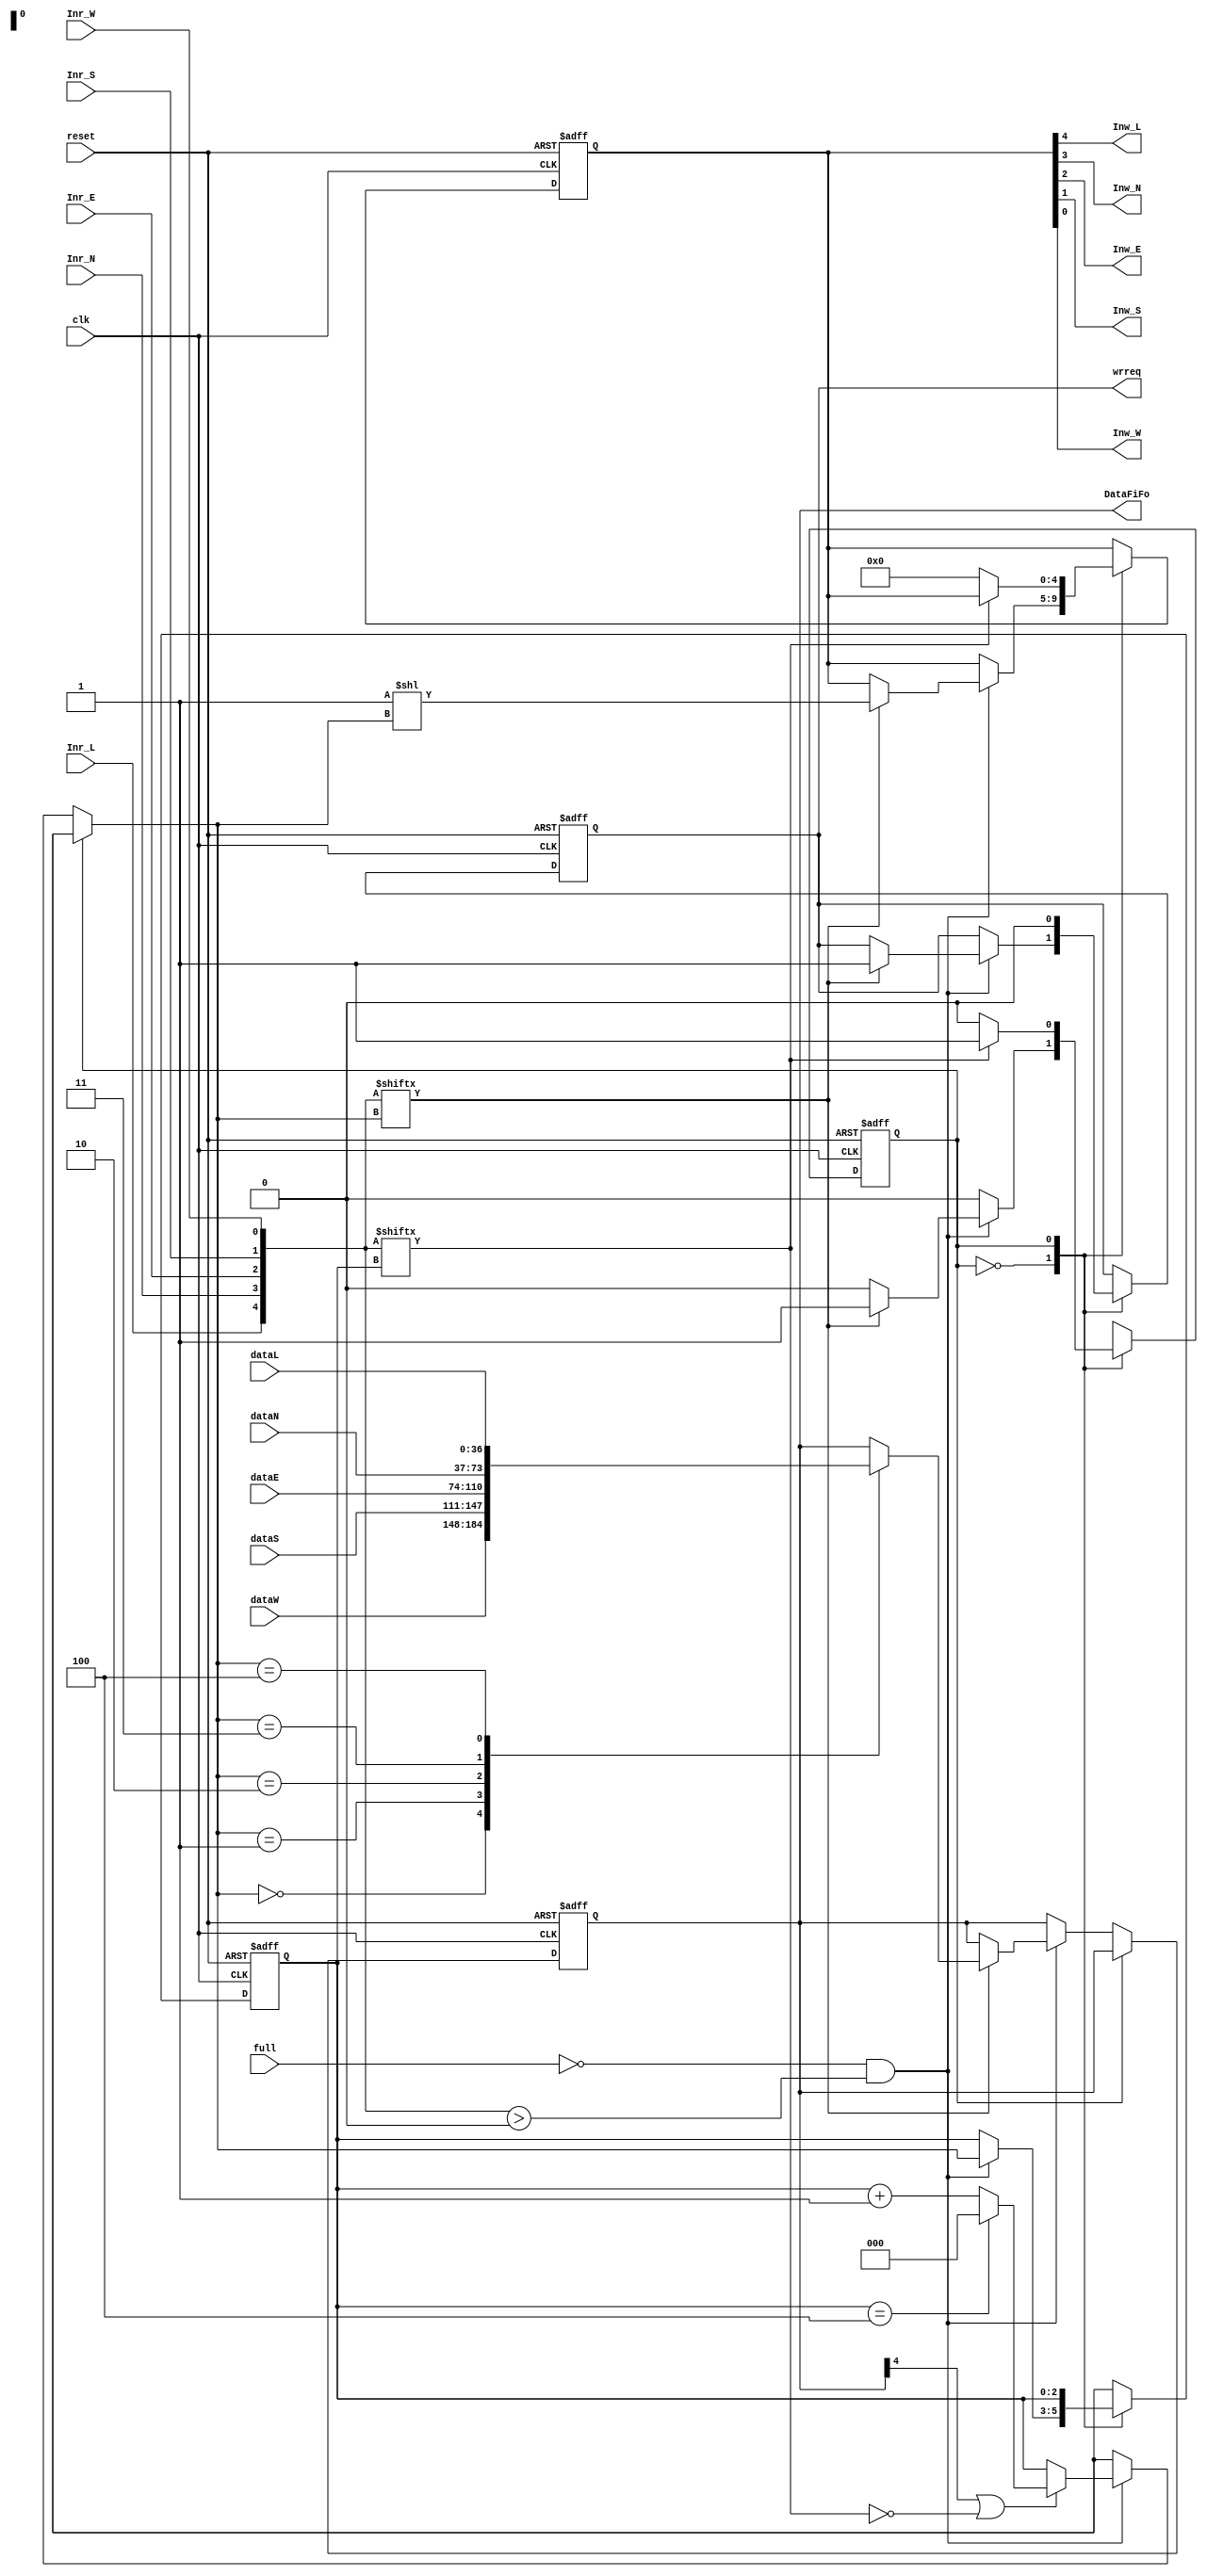
//rev 2 all works correct

module InPort (
dataE, 
dataW,
dataS,
dataN,
dataL,
Inr_L,Inr_N,Inr_E,Inr_S,Inr_W,
Inw_L,Inw_N,Inw_E,Inw_S,Inw_W,
DataFiFo,
wrreq,
clk,
full,
reset
);
parameter DATA_WIDTH =37;

input [DATA_WIDTH-1:0]  dataE, dataW, dataS, dataN, dataL;
input full;
input reset;
input clk;
input Inr_L,Inr_N,Inr_E,Inr_S,Inr_W;
output Inw_L,Inw_N,Inw_E,Inw_S,Inw_W;
output [DATA_WIDTH-1:0] DataFiFo;
output wrreq;
reg wrreq;
reg [DATA_WIDTH-1:0] DataFiFo;
reg step;	/////////!!!!! can be 1 bit!!!
reg [2:0] port;
reg [4:0] Inw;
wire [4:0] Inr;

assign Inr = {Inr_L,Inr_N,Inr_E,Inr_S,Inr_W};
assign {Inw_L,Inw_N,Inw_E,Inw_S,Inw_W} = Inw;

always @(posedge clk or posedge reset)
begin
	if (reset == 1'b1)
        begin
			step<=0;
			port<=0;
			wrreq<=0;
			Inw<=0;
			DataFiFo<=9;
		end
    else
		begin
			case (step)
				
				0:  begin
						if ((!full)&&(Inr > 0)) 
							begin
								if ((DataFiFo[4] == 1'b1) || (Inr[port] != 1'b1))
									begin
										if (port==4) port = 0;
										else port=port+1;
									end
								if (Inr[port] == 1'b1) 
									begin
										Inw<=(1'b1 << port);
										case (port)
											0: DataFiFo<=dataW;
											1: DataFiFo<=dataS;
											2: DataFiFo<=dataE;
											3: DataFiFo<=dataN;
											4: DataFiFo<=dataL;	
										endcase
										wrreq<=1'b1;
										step=1;
									end
							end							
					end	
				1:  begin
						wrreq<=1'b0;
						if (Inr[port] == 1'b0) 
							begin 
								Inw<=0;
								step=0; 									
							end
					end
			endcase
		end
	
end
endmodule